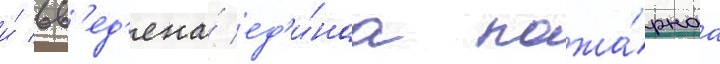
и́ вв'ед'ена́ ед'и́наа пожа́рнаа